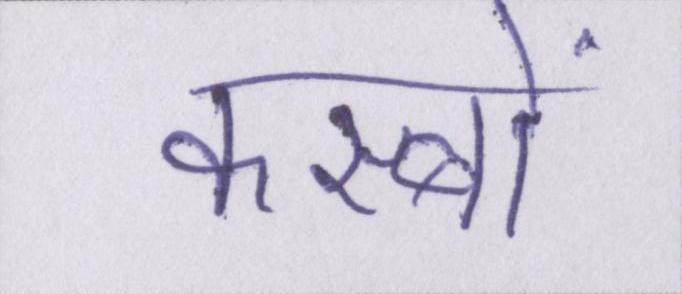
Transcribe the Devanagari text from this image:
कस्बों